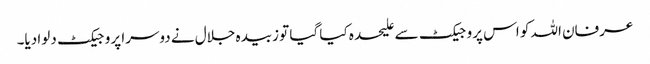
عرفان اللہ کو اس پروجیکٹ سے علیحدہ کیا گیا تو زبیدہ جلال نے دوسرا پروجیکٹ دلوا دیا۔